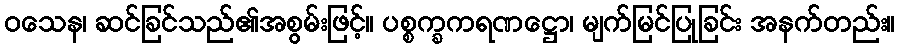
ဝသေန၊ ဆင်ခြင်သည်၏အစွမ်းဖြင့်။ ပစ္စက္ခကရဏဋ္ဌော၊ မျက်မြင်ပြုခြင်း အနက်တည်း။